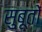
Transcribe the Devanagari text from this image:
सुबूतों